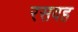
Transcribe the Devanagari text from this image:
रसवह